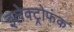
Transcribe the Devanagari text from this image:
इलेक्ट्रोफंक